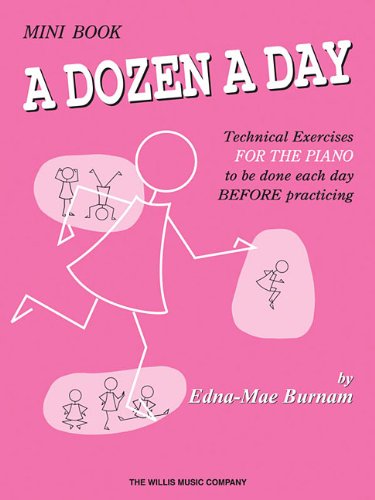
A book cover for A Dozen a Day Mini Book; Edna Mae Burnam; Humor & Entertainment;